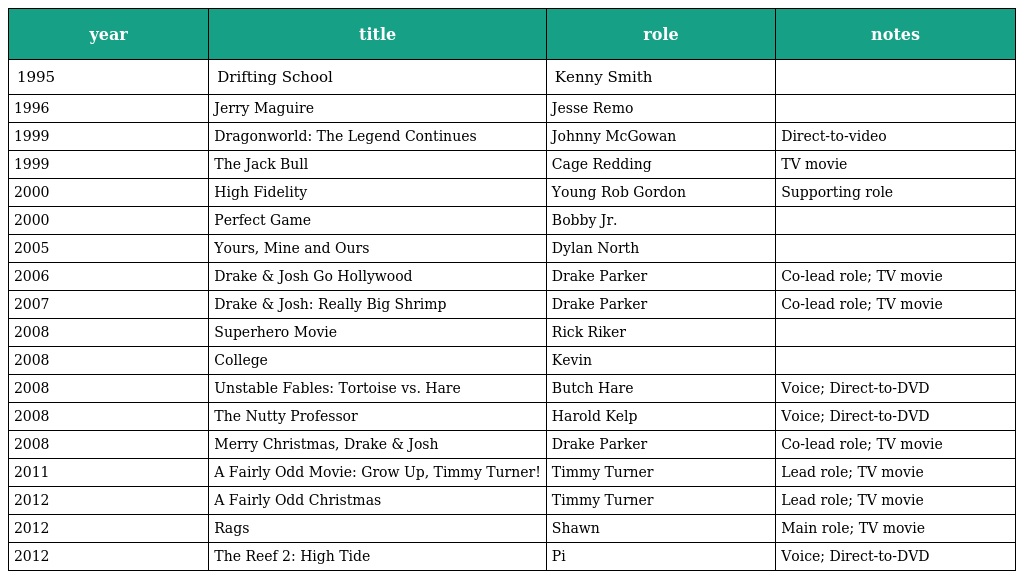
| year | title | role | notes |
 | --- | --- | --- | --- |
 | 1995 | Drifting School | Kenny Smith |  |
 | 1996 | Jerry Maguire | Jesse Remo |  |
 | 1999 | Dragonworld: The Legend Continues | Johnny McGowan | Direct-to-video |
 | 1999 | The Jack Bull | Cage Redding | TV movie |
 | 2000 | High Fidelity | Young Rob Gordon | Supporting role |
 | 2000 | Perfect Game | Bobby Jr. |  |
 | 2005 | Yours, Mine and Ours | Dylan North |  |
 | 2006 | Drake & Josh Go Hollywood | Drake Parker | Co-lead role; TV movie |
 | 2007 | Drake & Josh: Really Big Shrimp | Drake Parker | Co-lead role; TV movie |
 | 2008 | Superhero Movie | Rick Riker |  |
 | 2008 | College | Kevin |  |
 | 2008 | Unstable Fables: Tortoise vs. Hare | Butch Hare | Voice; Direct-to-DVD |
 | 2008 | The Nutty Professor | Harold Kelp | Voice; Direct-to-DVD |
 | 2008 | Merry Christmas, Drake & Josh | Drake Parker | Co-lead role; TV movie |
 | 2011 | A Fairly Odd Movie: Grow Up, Timmy Turner! | Timmy Turner | Lead role; TV movie |
 | 2012 | A Fairly Odd Christmas | Timmy Turner | Lead role; TV movie |
 | 2012 | Rags | Shawn | Main role; TV movie |
 | 2012 | The Reef 2: High Tide | Pi | Voice; Direct-to-DVD |